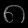
Digit: ၈